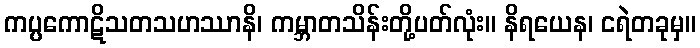
ကပ္ပကောဋိသတသဟဿာနိ၊ ကမ္ဘာတသိန်းတို့ပတ်လုံး။ နိရယေန၊ ငရဲတခုမှ။